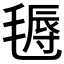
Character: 𣯋